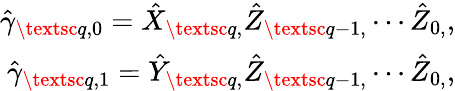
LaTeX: \begin{array}{r}{\hat{\gamma}_{\textsc{q},0}=\hat{X}_{\textsc{q},}\hat{Z}_{\textsc{q}-1,}\cdots\hat{Z}_{0,},}\\ {\hat{\gamma}_{\textsc{q},1}=\hat{Y}_{\textsc{q},}\hat{Z}_{\textsc{q}-1,}\cdots\hat{Z}_{0,},}\end{array}